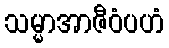
သမ္မာအာဇီဝံပဟံ